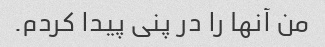
من آنها را در پنی پیدا کردم.